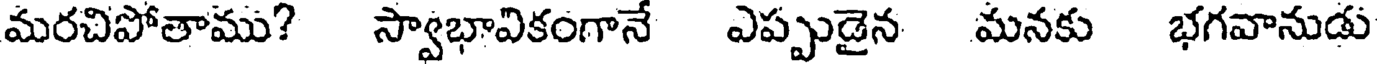
మరచిపోతాము? స్వాభావికంగానే ఎప్పుడైన మనకు భగవానుడు